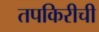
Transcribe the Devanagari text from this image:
तपकिरीची